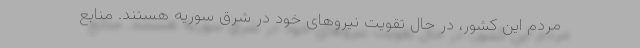
مردم این کشور، در حال تقویت نیروهای خود در شرق سوریه هستند. منابع